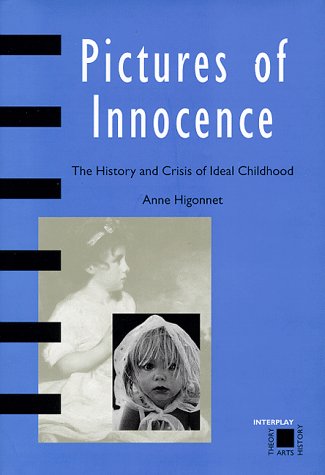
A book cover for Pictures of Innocence: The History and Crisis of Ideal Childhood (Interplay); Anne Higonnet; Politics & Social Sciences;